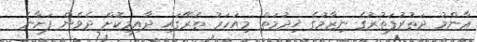
ޢާންމު ދަތުރުފަތުރުގެ ނިޒާމުގެ ޚިދުމަތް މިއަހަރު ތެރޭގައި ދާއިމީކޮށް ދެވެން ފަށާނެ